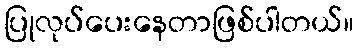
ပြုလုပ်ပေးနေတာဖြစ်ပါတယ်။